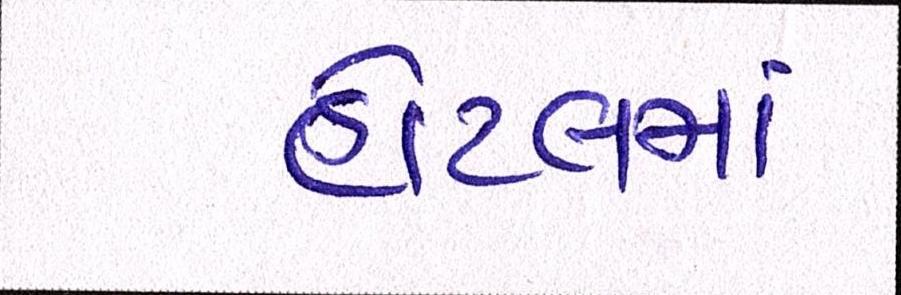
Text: હોટલમાં